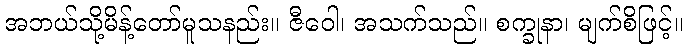
အဘယ်သို့မိန့်တော်မူသနည်း။ ဇီဝေါ၊ အသက်သည်။ စက္ခုနာ၊ မျက်စိဖြင့်။